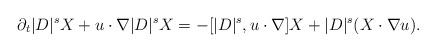
LaTeX: \begin{align*}\partial_t|D|^sX+u\cdot\nabla|D|^sX=-[|D|^s,u\cdot\nabla]X+|D|^s(X\cdot\nabla u).\end{align*}